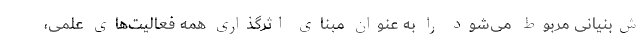
ش‌بنیانی مربوط می‌شود را به عنوان مبنای اثرگذاری همه فعالیت‌های علمی،